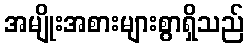
အမျိုးအစားများစွာရှိသည်